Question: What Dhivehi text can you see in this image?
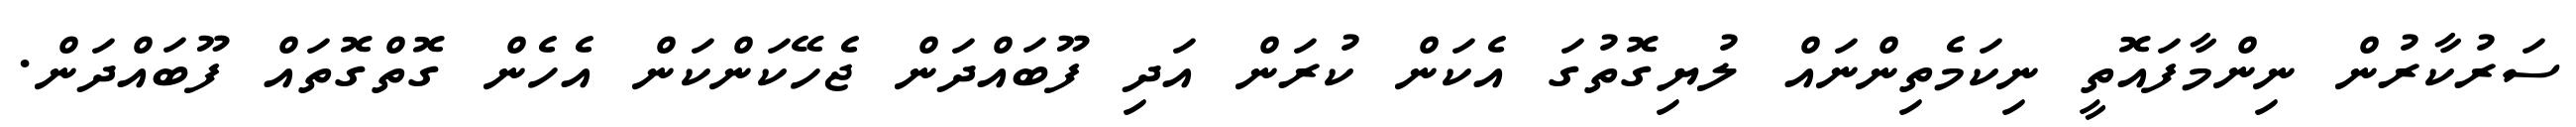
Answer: ސަރުކާރުން ނިންމާފައޮތީ ނިކަމެތިންނައް ލުޔިގޮތުގަ އެކަން ކުރަން އަދި ފޫބައްދަން ޖެހޭކަންކަން އެހެން ގޮތްގޮތައް ފޫބައްދަން.